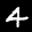
Label: 4